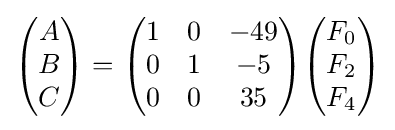
{\begin{pmatrix}A\\B\\C\\\end{pmatrix}}={\begin{pmatrix}1&0&-49\\0&1&-5\\0&0&35\\\end{pmatrix}}{\begin{pmatrix}F_{0}\\F_{2}\\F_{4}\\\end{pmatrix}}